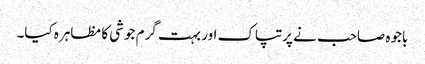
باجوہ صاحب نے پرتپاک اور بہت گرم جوشی کا مظاہرہ کیا۔